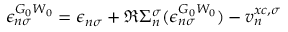
\epsilon _ { n \sigma } ^ { G _ { 0 } W _ { 0 } } = \epsilon _ { n \sigma } + \Re \Sigma _ { n } ^ { \sigma } ( \epsilon _ { n \sigma } ^ { G _ { 0 } W _ { 0 } } ) - v _ { n } ^ { x c , \sigma }